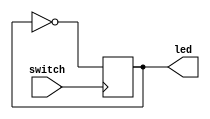
module FlipFlop(switch, led);
	input switch;
	output led;
	reg ff;
	
	always @(posedge switch) begin
		ff=~ff;
	end
	assign led=ff;
endmodule